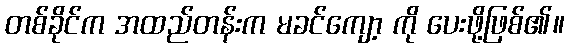
တစ်ခိုင်က အထည်တန်းက မခင်ကျော့ ကို ပေးဖို့ဖြစ်၏။